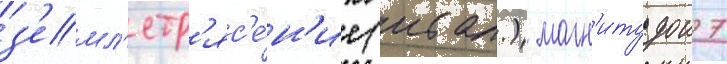
з'емл'етр'яс'е́н'ие (итал.) магн'итудои 7